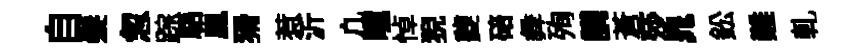
自髮忽踪䮏鳳猾惹沂凢曈悼猊夔碚彜殉講蒼莎晁鈆難軋